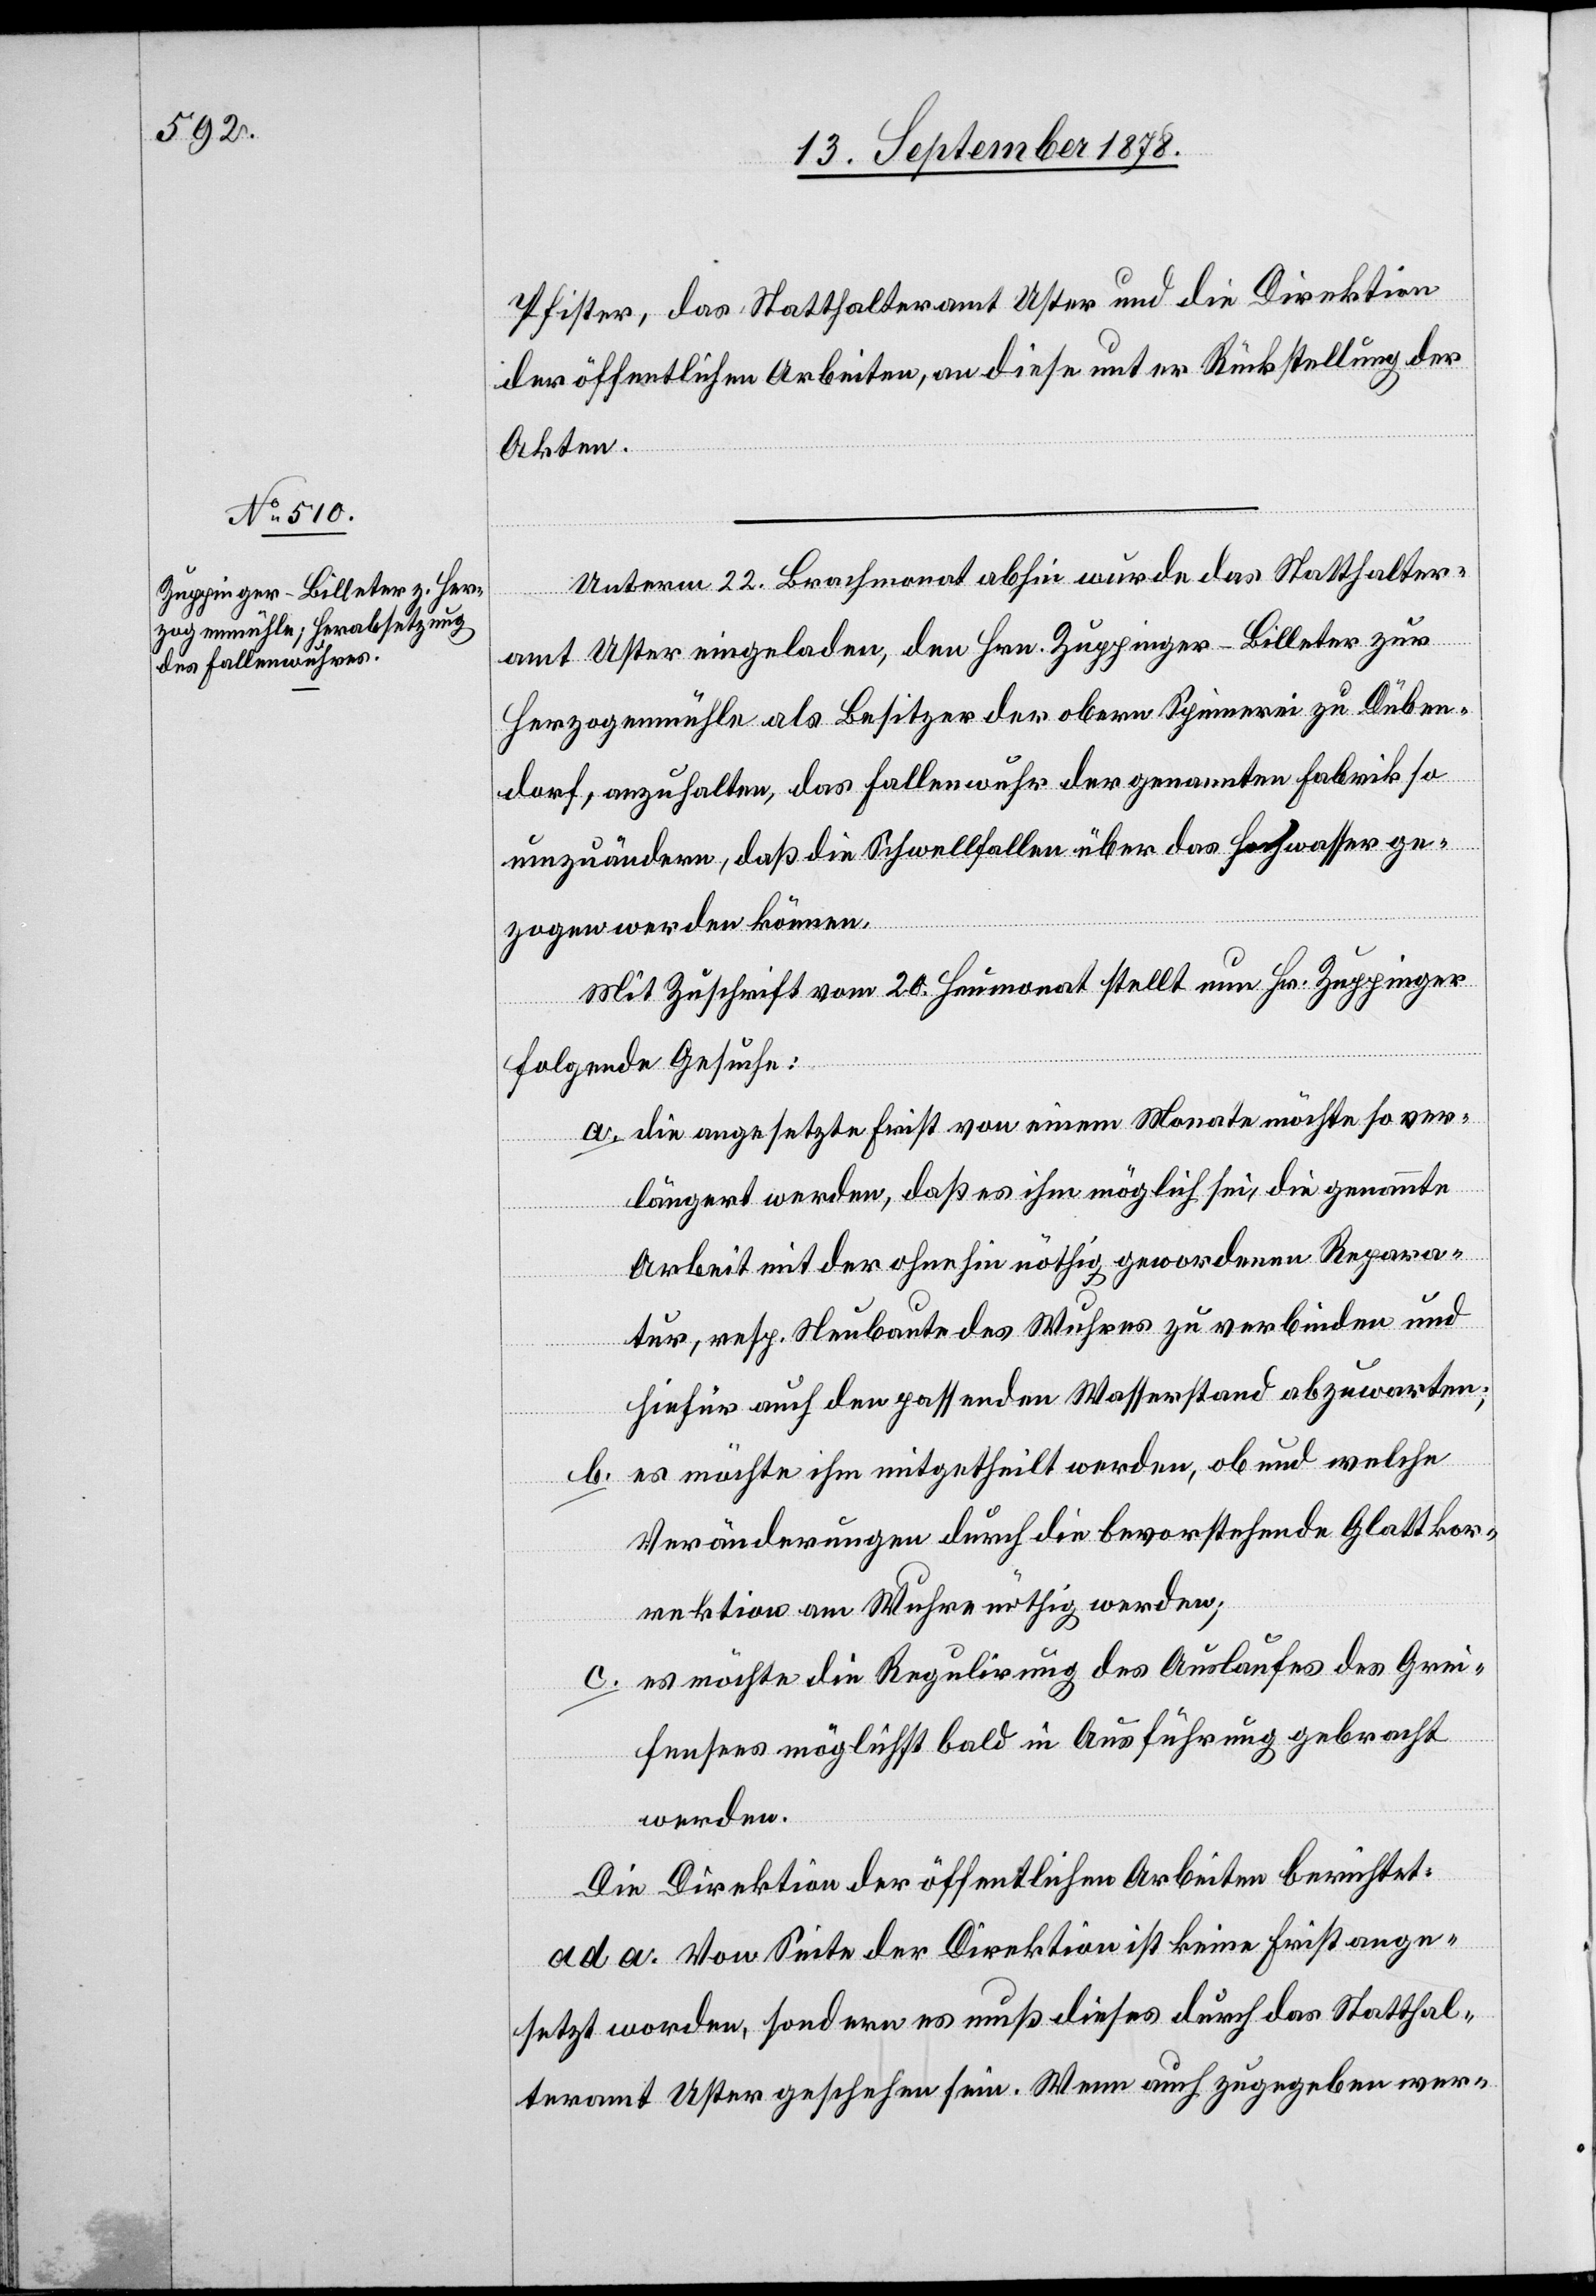
Pfister, das Statthalteramt Uster und die Direktion
der öffentlichen Arbeiten, an diese unter Rückstellung der
Akten.
Unterm 22. Brachmonat abhin wurde das Statthalter¬
amt Uster eingeladen, den Hrn. Zuppinger-Billeter zur
Herzogenmühle als Besitzer der obern Spinnerei zu Düben¬
dorf, anzuhalten, das Fallenwuhr der genannten Fabrik so
umzuändern, daß die Schwellfallen über das Hochwasser ge¬
zogen werden können.
Mit Zuschrift vom 20. Heumonat stellt nun Hr. Zuppinger
folgende Gesuche:
die angesetzte Frist von einem Monate möchte so ver¬
längert werden, daß es ihm möglich sei, die genannte
Arbeit mit der ohnehin nöthig gewordenen Repara¬
tur, resp. Neubaute des Wuhres zu verbinden und
hiefür auch den passenden Wasserstand abzuwarten;
es möchte ihm mitgetheilt werden, ob und welche
b.
Veränderungen durch die bevorstehende Glattkor¬
rektion am Wuhre nöthig werden;
es möchte die Regulirung des Auslaufes des Grei¬
fensees möglichst bald in Ausführung gebracht
werden.
Die Direktion der öffentlichen Arbeiten berichtet:
ad a. Von Seite der Direktion ist keine Frist ange¬
setzt worden, sondern es muß dieses durch das Statthal¬
teramt Uster geschehen sein. Wenn auch zugegeben wer-